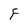
Character: F